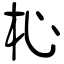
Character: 杺